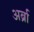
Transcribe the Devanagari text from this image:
अर्ब्रा